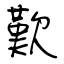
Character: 歎